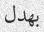
بھدل